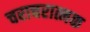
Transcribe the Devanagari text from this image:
चराचरात्मक